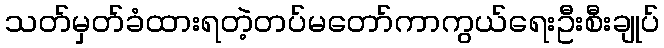
သတ်မှတ်ခံထားရတဲ့တပ်မတော်ကာကွယ်ရေးဦးစီးချုပ်